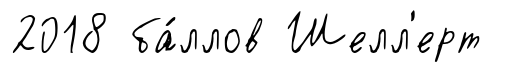
2018 ба́ллов Шелл'ерт